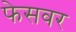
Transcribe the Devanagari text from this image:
फेसवर